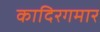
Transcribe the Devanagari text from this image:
कादिरगमार